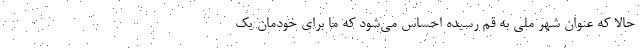
حالا که عنوان شهر ملی به قم رسیده احساس می‌شود که ما برای خودمان یک